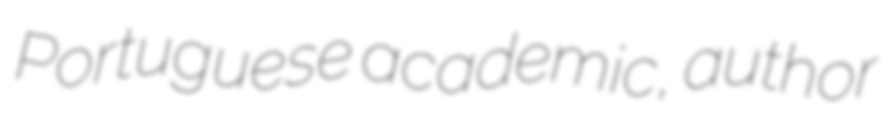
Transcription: Portuguese academic, author